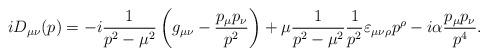
LaTeX: \begin{align*}iD_{\mu\nu}(p)=-i\frac{1}{p^2-\mu^2}\left(g_{\mu\nu}-\frac{p_\mu p_\nu}{p^2}\right)+\mu\frac{1}{p^2-\mu^2}\frac{1}{p^2}\varepsilon_{\mu\nu\rho}p^{\rho}-i\alpha\frac{p_\mu p_\nu}{p^4}.\end{align*}